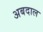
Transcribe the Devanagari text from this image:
अबदाल